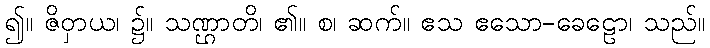
၍။ ဇိဝှာယ၊ ၌။ သဏ္ဌာတိ၊ ၏။ စ၊ ဆက်။ ဧသ ဧသော-ခေဠော၊ သည်။